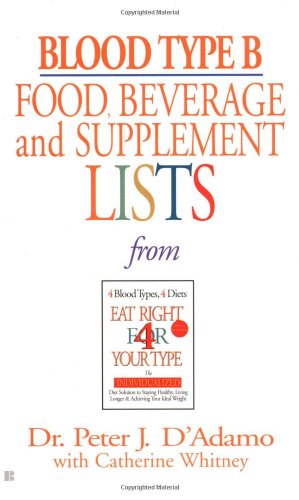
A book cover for Blood Type B Food, Beverage and Supplemental Lists; Dr. Peter J. D'Adamo; Health, Fitness & Dieting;